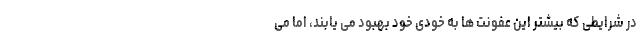
در شرایطی که بیشتر این عفونت ها به خودی خود بهبود می یابند، اما می